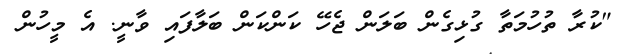
"ކުރާ ތުހުމަތާ ގުޅިގެން ބަލަން ޖެހޭ ކަންކަން ބަލާފައި ވާނީ. އެ މީހުން